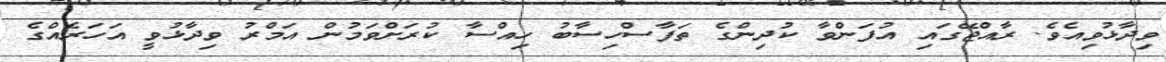
ވިދާޅުވިއެވެ. ރާއްޖޭގައި އުފަންވާ ކުދިންގެ ތަފާސްހިސާބު ހިއްސާ ކުރަށްވަމުން އަމްރު ވިދާޅުވީ އަހަރެއްގެ